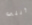
أنني